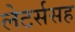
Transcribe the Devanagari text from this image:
लेटर्ससह